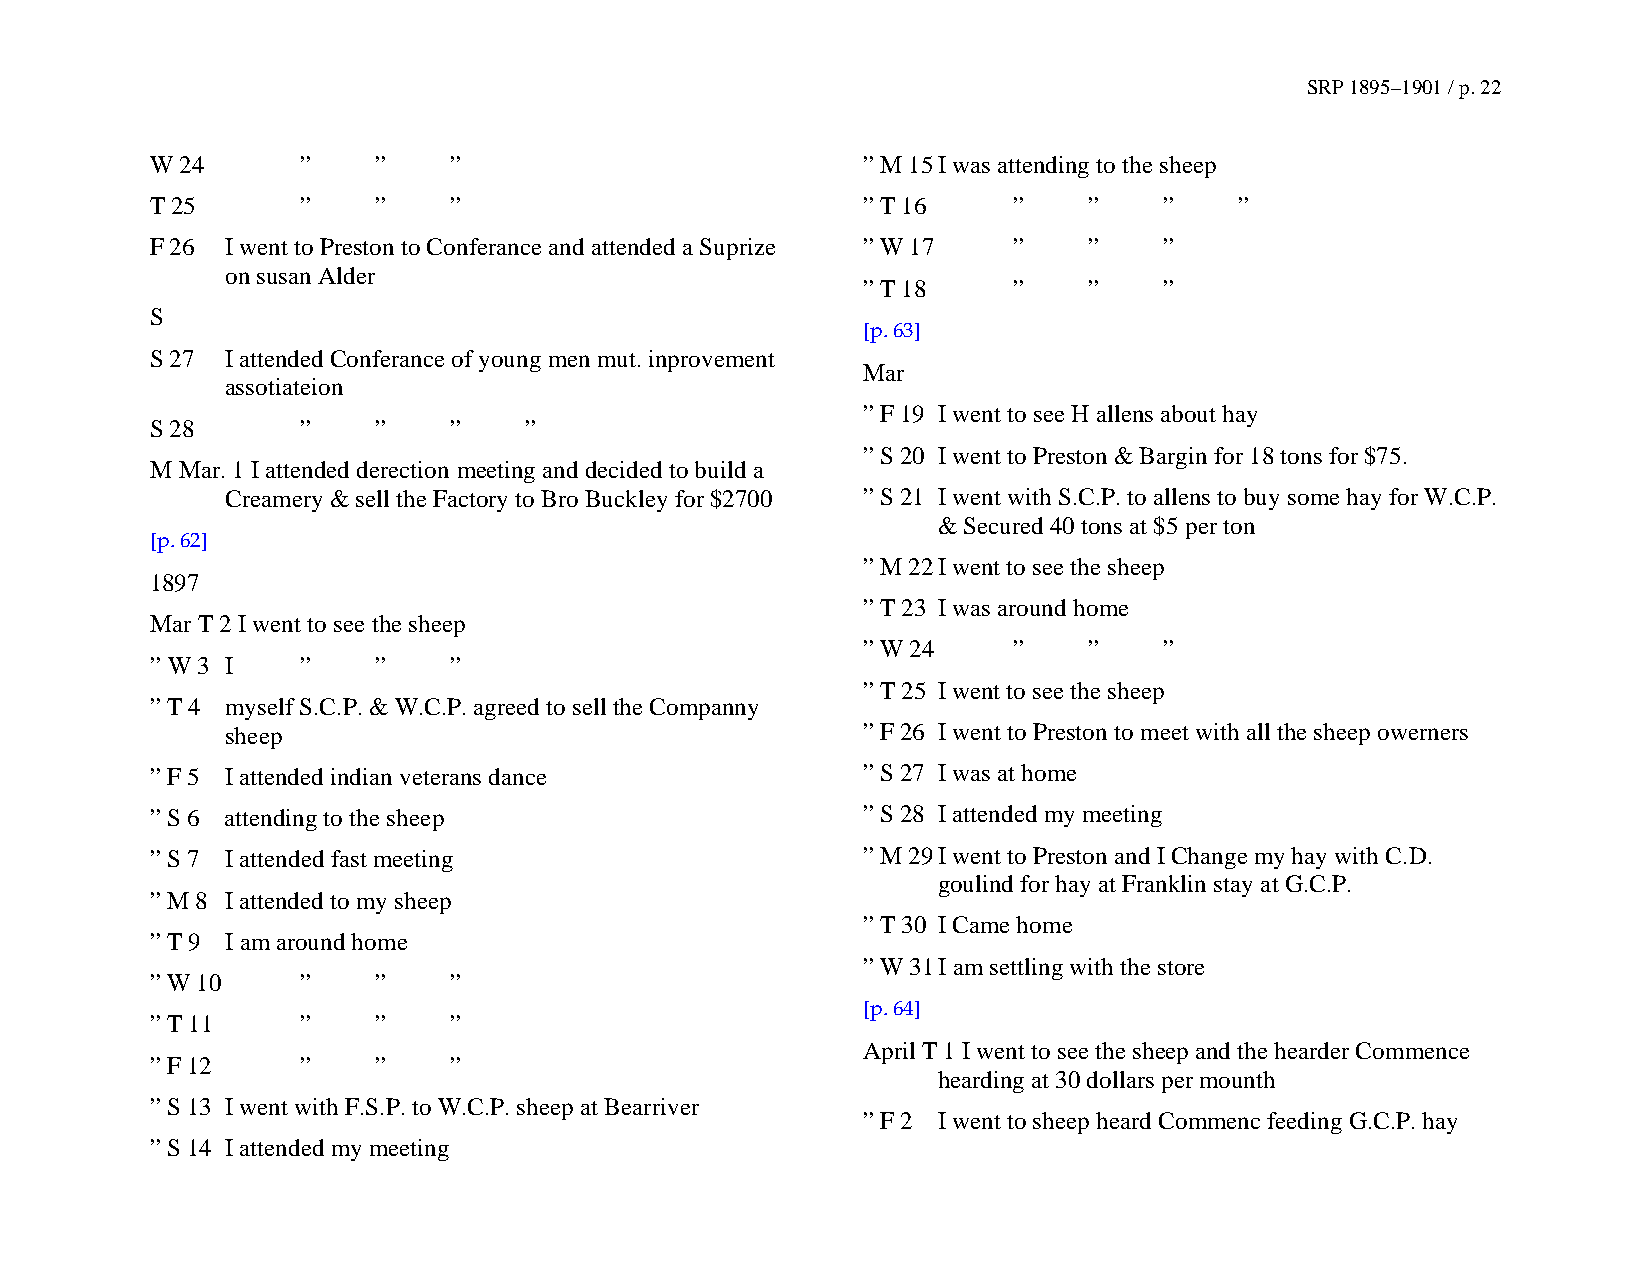
SRP 1895–1901 / p. 22
 W 24      ”    ”    ”                          ” M 15 I was attending to the sheep
 T 25      ”    ”    ”                          ” T 16    ”    ”    ”    ”
 F 26 I went to Preston to Conferance and attended a Suprize ” W 17 ” ” ”
 on susan Alder
 ” T 18    ”    ”    ”
 S
 [p. 63]
 S 27 I attended Conferance of young men mut. inprovement
 Mar
 assotiateion
 ” F 19 I went to see H allens about hay
 S 28      ”    ”    ”    ”
 ” S 20 I went to Preston & Bargin for 18 tons for $75.
 M Mar. 1 I attended derection meeting and decided to build a
 Creamery & sell the Factory to Bro Buckley for $2700 ” S 21 I went with S.C.P. to allens to buy some hay for W.C.P.
 & Secured 40 tons at $5 per ton
 [p. 62]
 ” M 22 I went to see the sheep
 1897
 ” T 23 I was around home
 Mar T 2 I went to see the sheep
 ” W 24    ”    ”    ”
 ” W 3 I   ”    ”    ”
 ” T 25 I went to see the sheep
 ” T 4 myself S.C.P. & W.C.P. agreed to sell the Companny
 sheep                                     ” F 26 I went to Preston to meet with all the sheep owerners
 ” F 5 I attended indian veterans dance         ” S 27 I was at home
 ” S 6 attending to the sheep                   ” S 28 I attended my meeting
 ” S 7 I attended fast meeting                  ” M 29 I went to Preston and I Change my hay with C.D.
 goulind for hay at Franklin stay at G.C.P.
 ” M 8 I attended to my sheep
 ” T 30 I Came home
 ” T 9 I am around home
 ” W 31 I am settling with the store
 ” W 10    ”    ”    ”
 [p. 64]
 ” T 11    ”    ”    ”
 April T 1 I went to see the sheep and the hearder Commence
 ” F 12    ”    ”    ”
 hearding at 30 dollars per mounth
 ” S 13 I went with F.S.P. to W.C.P. sheep at Bearriver
 ” F 2 I went to sheep heard Commenc feeding G.C.P. hay
 ” S 14 I attended my meeting